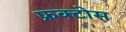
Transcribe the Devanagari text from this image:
फ्रक्टोस